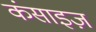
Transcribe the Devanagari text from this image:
कंसाइज़